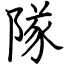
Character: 隊